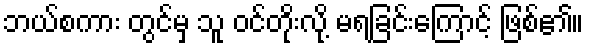
ဘယ်စကား တွင်မှ သူ ဝင်တိုးလို့ မရခြင်းကြောင့် ဖြစ်၏။